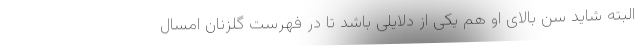
البته شاید سن بالای او هم یکی از دلایلی باشد تا در فهرست گلزنان امسال